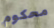
محكوم